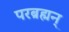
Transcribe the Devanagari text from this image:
परब्रह्मन्